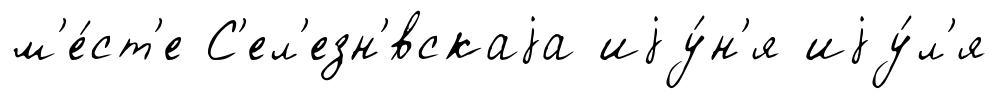
м'е́ст'е С'ел'езн'́вскаjа иjу́н'я иjу́л'я